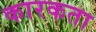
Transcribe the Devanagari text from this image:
कारकता